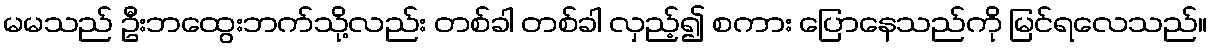
မမသည် ဦးဘထွေးဘက်သို့လည်း တစ်ခါ တစ်ခါ လှည့်၍ စကား ပြောနေသည်ကို မြင်ရလေသည်။